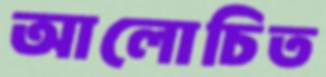
আলোচিত